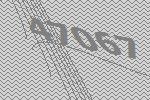
47067